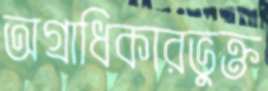
অগ্রাধিকারভুক্ত